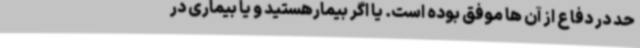
حد در دفاع از آن ها موفق بوده است. یا اگر بیمارهستید و یا بیماری در